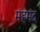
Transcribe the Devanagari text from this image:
मंहमंद